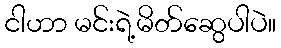
ငါဟာ မင်းရဲ့မိတ်ဆွေပါပဲ။